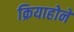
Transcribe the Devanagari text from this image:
क्रियाहोने